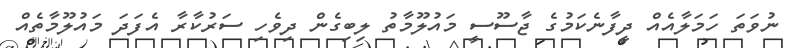
ނުވަތަ ހަމަލާއެއް ދީފާނެކަމުގެ ޖާސޫސީ މައުލޫމާތު ލިބިގެން ދިވެހި ސަރުކާރާ އެފަދަ މައުލޫމާތެއް